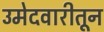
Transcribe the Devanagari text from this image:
उमेदवारीतून